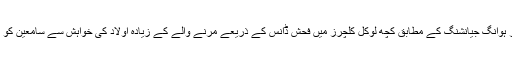
فوجیاں نارمل یونیورسٹی کے پروفیسر ہوانگ جیانشنگ کے مطابق کچھ لوکل کلچرز میں فحش ڈانس کے ذریعے مرنے والے کے زیادہ اولاد کی خواہش سے سامعین کو باخبر کرنے کی کوشش کی جاتی ہے۔